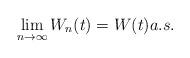
LaTeX: \begin{align*}\lim_{n\rightarrow\infty}W_n(t)=W(t)a.s.\end{align*}